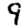
Digit: 9